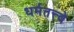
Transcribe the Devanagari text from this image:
धर्मतत्त्वे